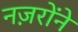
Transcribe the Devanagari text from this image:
नज़रोंने